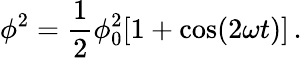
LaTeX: \phi^{2}=\frac 12\phi_{0}^{2}[1+\cos(2\omega t)]\, .